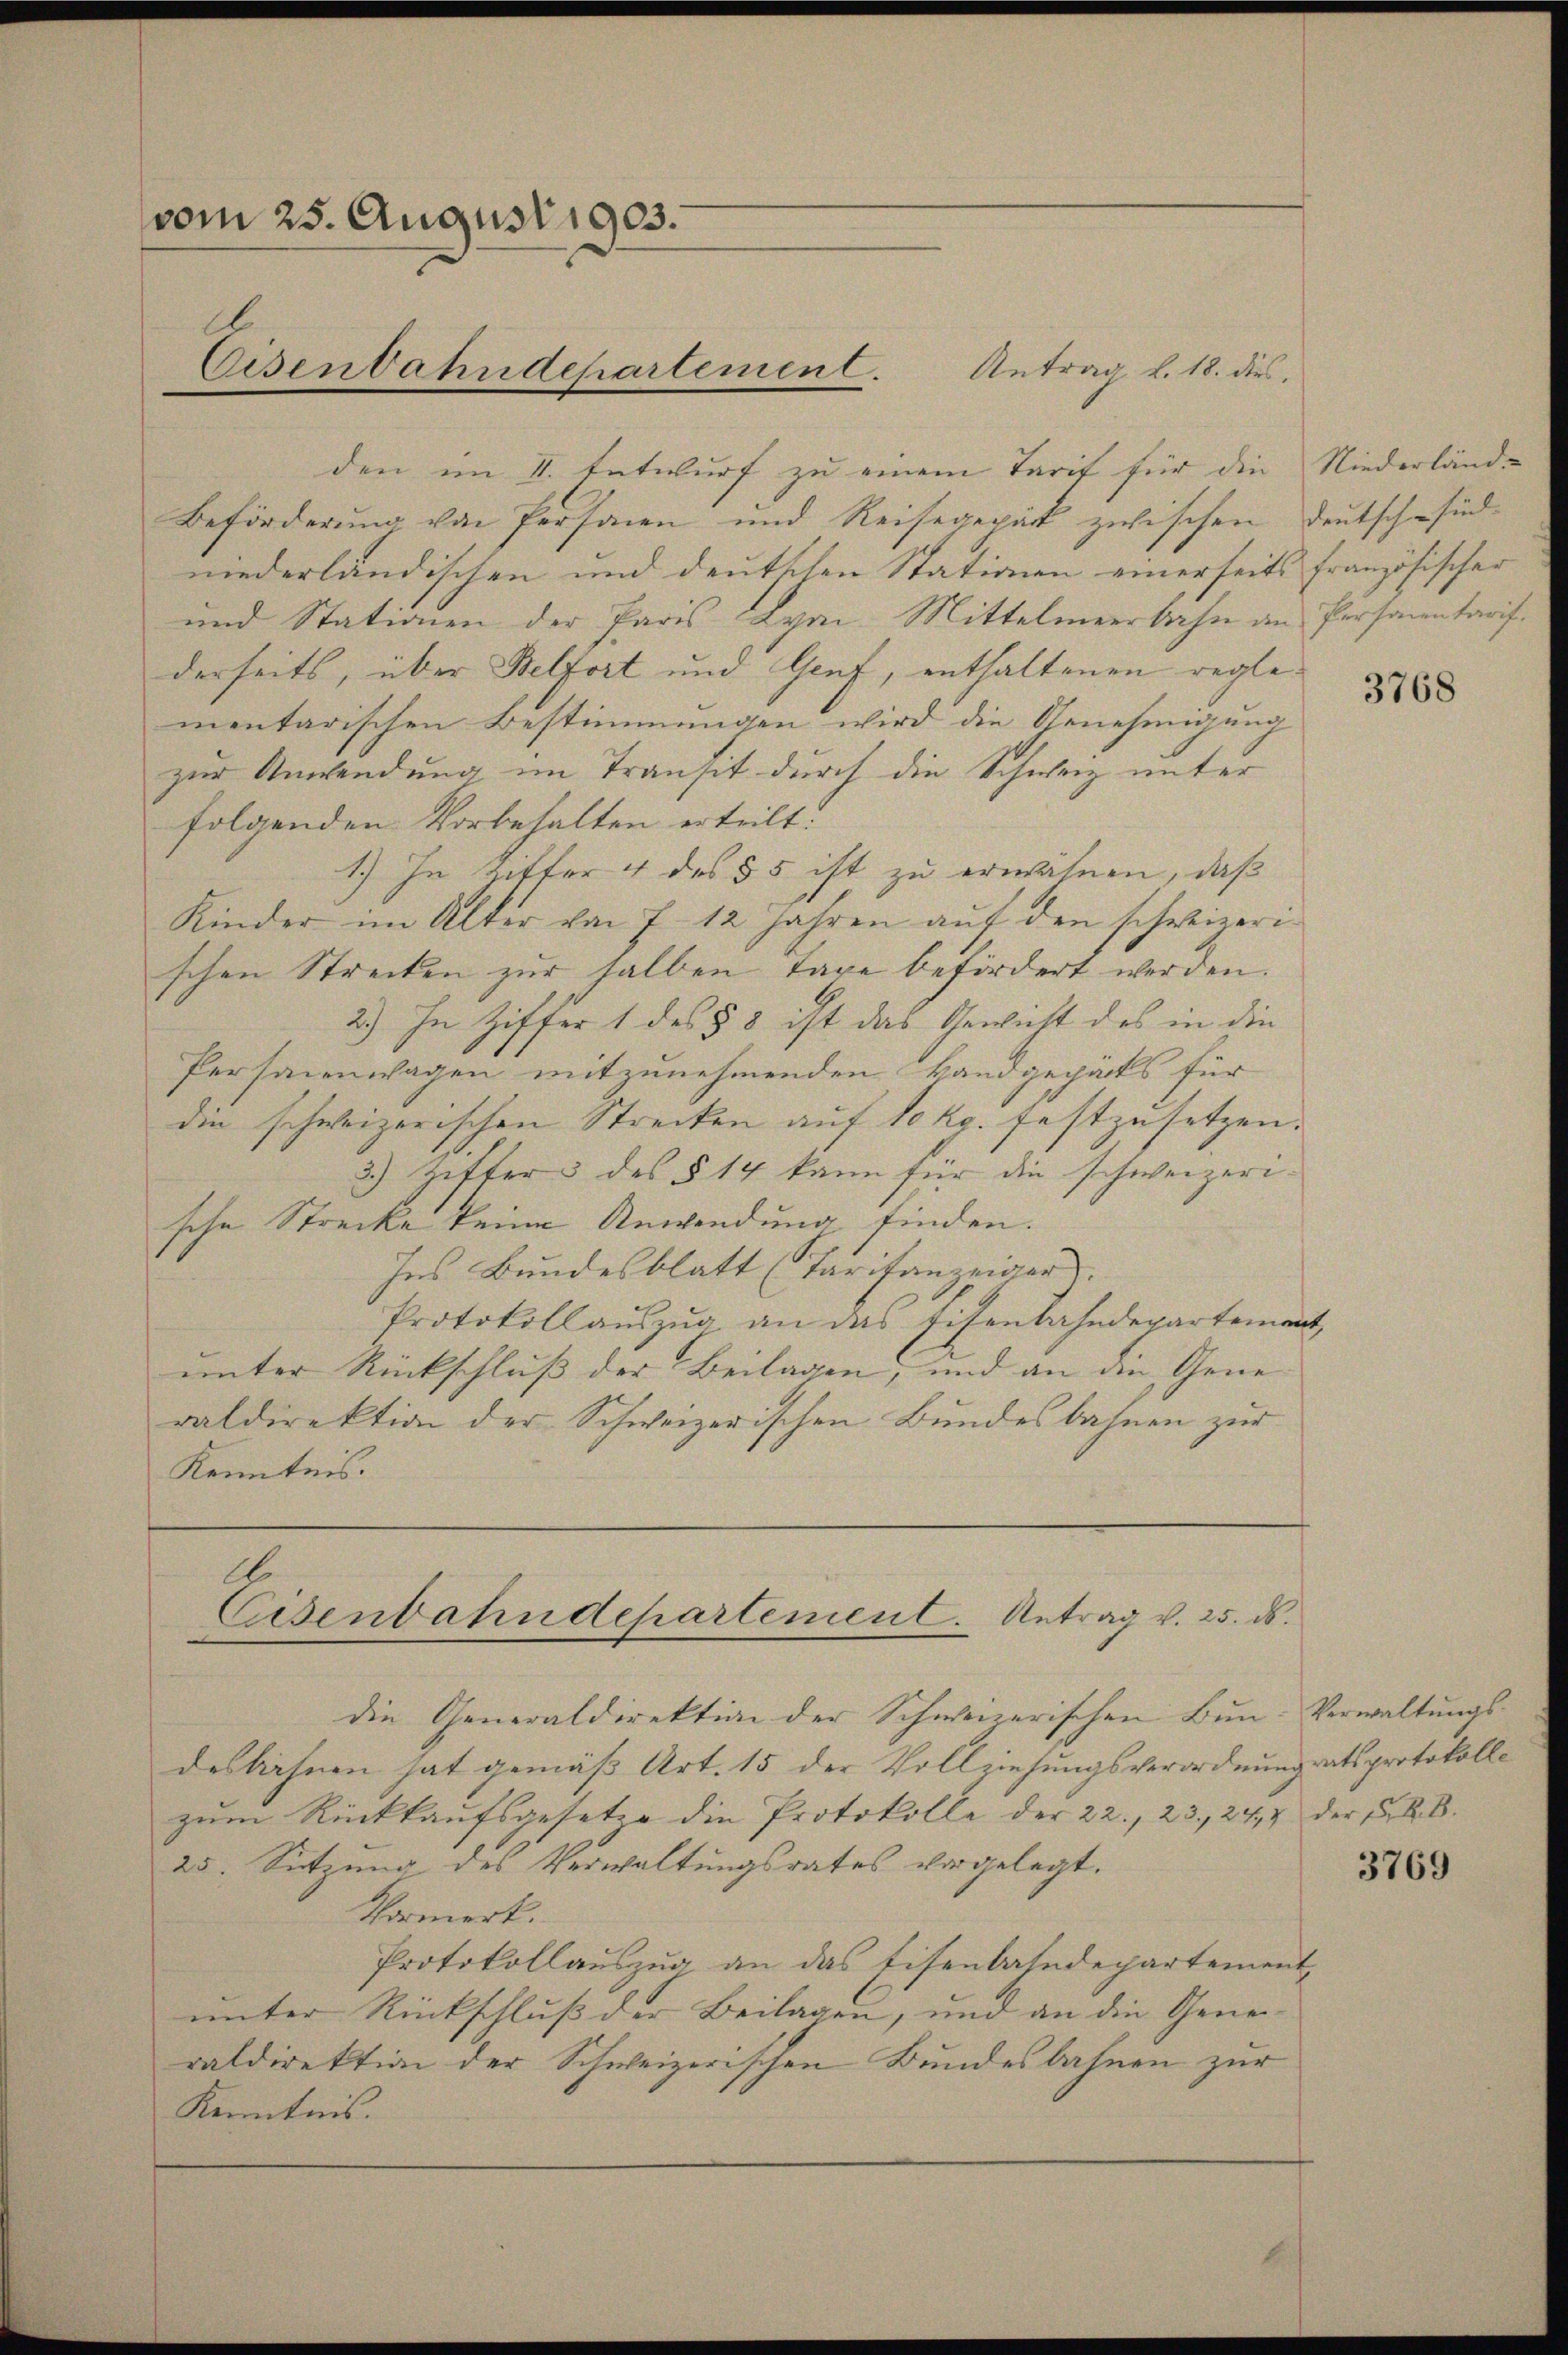
vom 25. August 1903.
Eisenbahndepartement.

den im II. Entwurf zu einem Tarif für die Niederländ-
Beförderung von Personen und Reisegepäck zwischen Deutsch-sidniederländischen und deutschen Stationen einerseits französischer
und Stationen der Paris Lyon, Mittelmeerbahn an Personentarifderseits, über Belfort und Genf, enthaltenen reglementarischen Bestimmungen wird die Genehmigung
zur Anwendung im Transit durch die Schweiz unter
folgenden Vorbehalten erteilt.
1.) In Ziffer 4 des 55 ist zu erwähnen, daß
Kinder im Alter von 7 12 Jahren auf den schweizerischen Strecken zur halben Tage befördert werden.
2.) In Ziffer 1 des § 8 ist das Gewicht des in die
Personenwagen mitzunehmenden Handgepäcks für
die schweizerischen Strecken auf 1 kg festzusetzen.
2.) Ziffer & des § 14 kann für die schweizerische Strecke keine Anwendung finden.
Ins Bundesblatt (Tarifanzeiger.
Protokoll auszug an das Eisenbahndepartemen
unter Rückschluß der Beilagen, und an den Generaldirektion der Schweizerischen Bundesbahnen zur
Kenntnis.

Antrag v. 18. dies

A
Eisenbahndepartement. Antrag v. 25. ds.
die Generaldirektion der Schweizerischen Bun-Verwaltungs-

desbahnen hat gemäß Art. 15 der Vollziehungsverordnungsratsprotokolle
zum Rückkaufsgesetze die Protokolle der 22., 23, 244 der K. B.
25. Setzung des Verwaltungsrates vorgelegt.
Vormerk.
Protokollauszug an das Eisenbahndepartement,
unter Rückschluß der Beilagen, und an die Generraldirektion der Schweizerischen Bundesbahnen zur
Kenntnis.

3768

3769